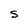
Character: S